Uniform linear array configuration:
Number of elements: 64
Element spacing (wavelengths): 0.25
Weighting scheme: uniform
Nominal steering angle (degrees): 0
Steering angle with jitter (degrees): -1.066
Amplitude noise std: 0.05
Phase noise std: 0.05

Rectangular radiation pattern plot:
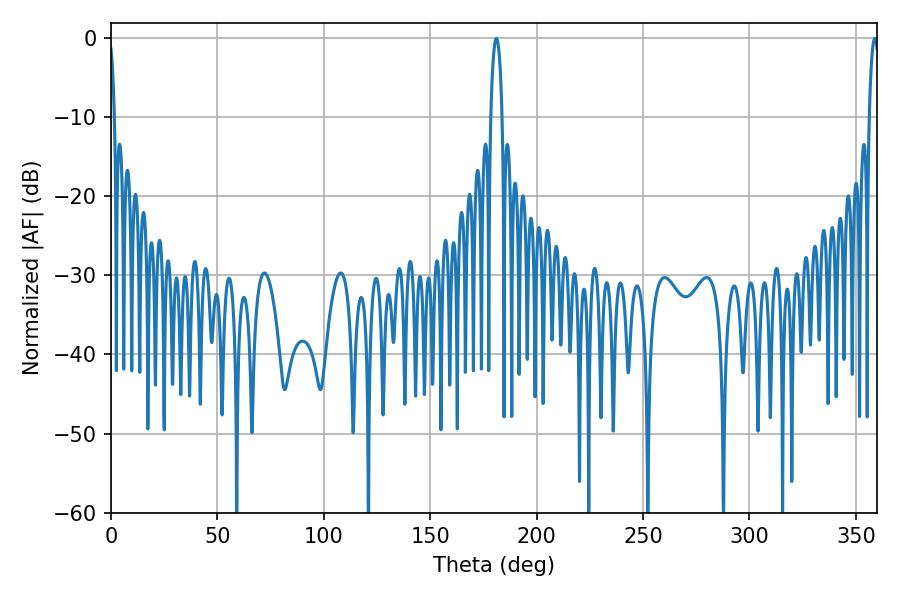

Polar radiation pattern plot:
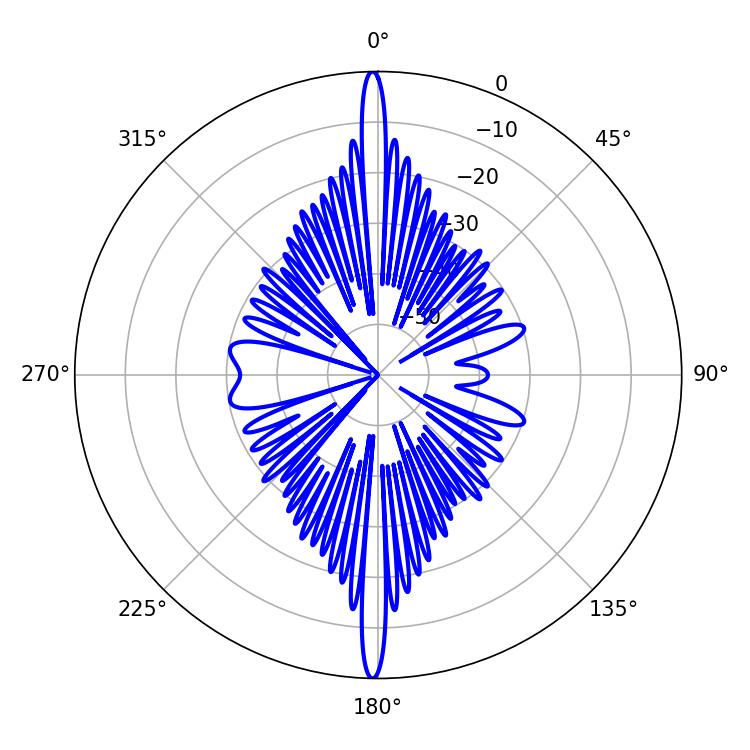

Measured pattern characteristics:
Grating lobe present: FALSE
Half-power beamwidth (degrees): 2.52
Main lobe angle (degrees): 358.92